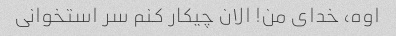
اوه، خدای من! الان چیکار کنم سر استخوانی